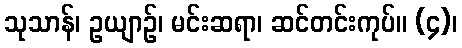
သုသာန်၊ ဥယျာဉ်၊ မင်းဆရာ၊ ဆင်တင်းကုပ်။ (၄)၊